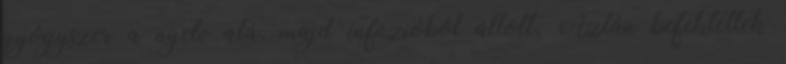
gyógyszer a nyelv alá, majd infúzióból állott. Aztán befektettek